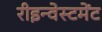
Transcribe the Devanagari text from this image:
रीइन्वेस्टमेंट